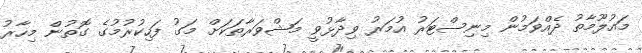
މައުލޫމާތު ދެއްވަމުން މިނިސްޓަރު އުމަރު ވިދާޅުވީ މަޝްވަރާތަކަށް މަގު ފަހިކުރުމުގެ ގޮތުން މިހާރު